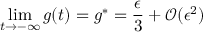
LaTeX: \operatorname * { l i m } _ { t \rightarrow - \infty } g ( t ) = g ^ { * } = \frac { \epsilon } { 3 } + \mathcal { O } ( \epsilon ^ { 2 } )